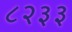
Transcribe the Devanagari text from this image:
८२३३